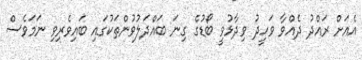
އެއަށް ރައްދު ދެއްވާ ވަހީދު ވިދާޅުވީ ބޯޑުގެ ގިނަ ބައްދަލުވުންތަކުގައި ބައިވެރިވި ނަމަވެސް